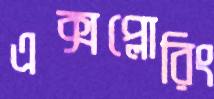
এক্সপ্লোরিং